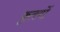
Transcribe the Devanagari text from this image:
कृतयों